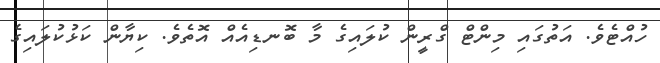
ހުއްޓެވެ. އަތުގައި މިންޓް ގްރީން ކުލައިގެ މާ ބޮނޑިއެއް އޮތެވެ. ކިޔާން ކަޅުކުލައިގެ